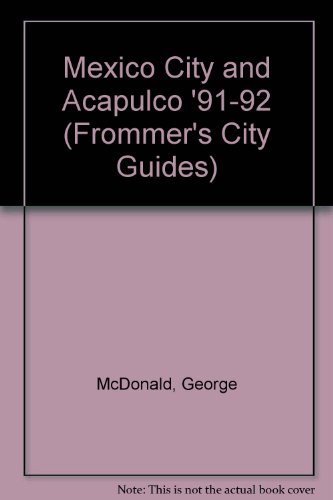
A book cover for Mexico City and Acapulco '91-92 (Frommer's City Guides); George McDonald; Travel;